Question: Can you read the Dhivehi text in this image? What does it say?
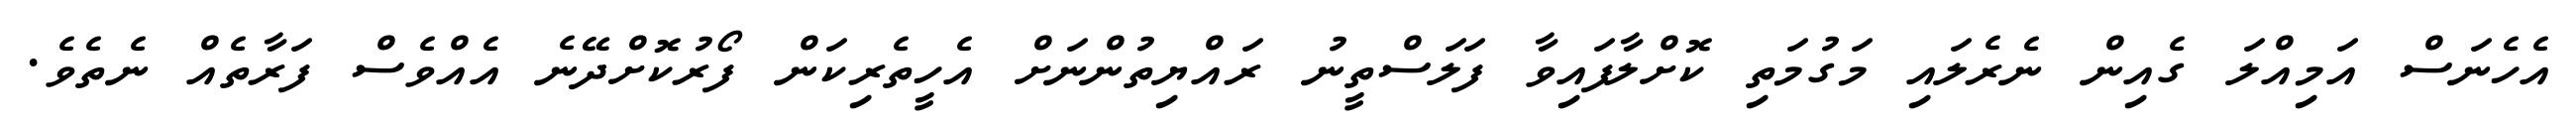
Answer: އެހެނަސް އަމިއްލަ ގެއިން ނެރެލައި މަގުމަތި ކޮށްލާފައިވާ ފަލަސްތީނު ރައްޔިތުންނަށް އެހީތެރިކަން ފޯރުކޮށްދޭނެ އެއްވެސް ފަރާތެއް ނެތެވެ.